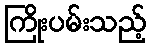
ကြိုးပမ်းသည့်